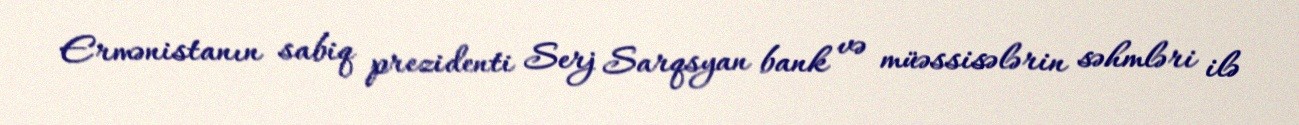
Ermənistanın sabiq prezidenti Serj Sarqsyan bank və müəssisələrin səhmləri ilə